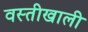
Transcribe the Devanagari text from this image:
वस्तीखाली